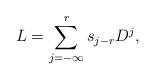
LaTeX: \begin{align*}L=\sum\limits_{j=-\infty}^r s_{j-r} D^j,\end{align*}